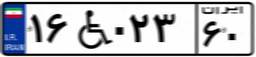
۱۶W۰۲۳۶۰